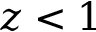
z < 1